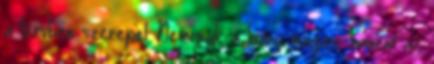
a tervben szerepel Nemcsak a hiány magas, hanem az